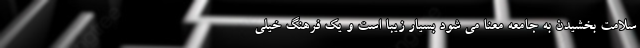
سلامت بخشیدن به جامعه معنا می شود بسیار زیبا است و یک فرهنگ خیلی